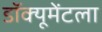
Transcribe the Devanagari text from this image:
डॉक्यूमेंटला